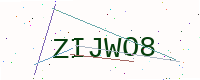
Text: ZIJWO8